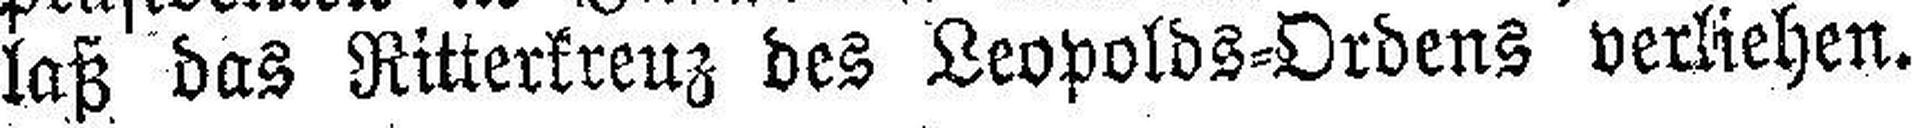
laß das Ritterkreuz des Leopolds=Ordens verliehen.